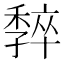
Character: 𡦧